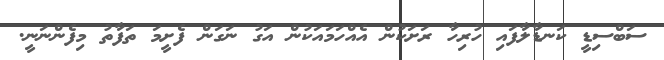
ސަބްސިޑީ ކަނޑާލާފައި ހުރިހާ ރަށަކުން އެއްހަމައަކުން އަގު ނަގަން ފެށީމަ ތަފާތު މިފެންނަނީ.